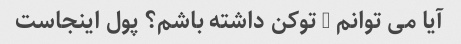
آیا می توانم 5 توکن داشته باشم؟ پول اینجاست